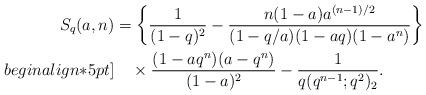
LaTeX: \begin{align*}S_q(a,n)&=\bigg\{\frac{1}{(1-q)^2}-\frac{n(1-a)a^{(n-1)/2}}{(1-q/a)(1-aq)(1-a^n)}\bigg\}\\begin{align*}5pt]&\quad\times\frac{(1-aq^n)(a-q^n)}{(1-a)^2}-\frac{1}{q(q^{n-1};q^2)_2}.\end{align*}